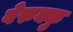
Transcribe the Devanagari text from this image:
वेरुक्कु